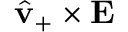
\hat { \mathbf { v } } _ { + } \times \mathbf { E }